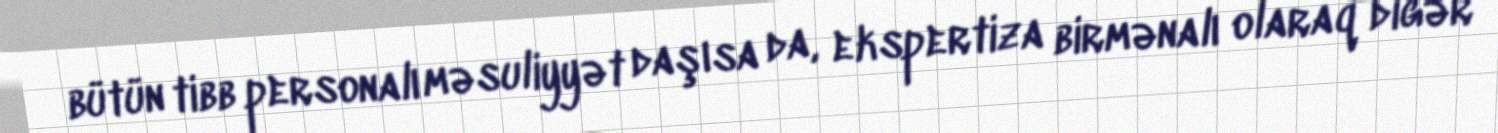
bütün tibb personalı məsuliyyət daşısa da, ekspertiza birmənalı olaraq digər